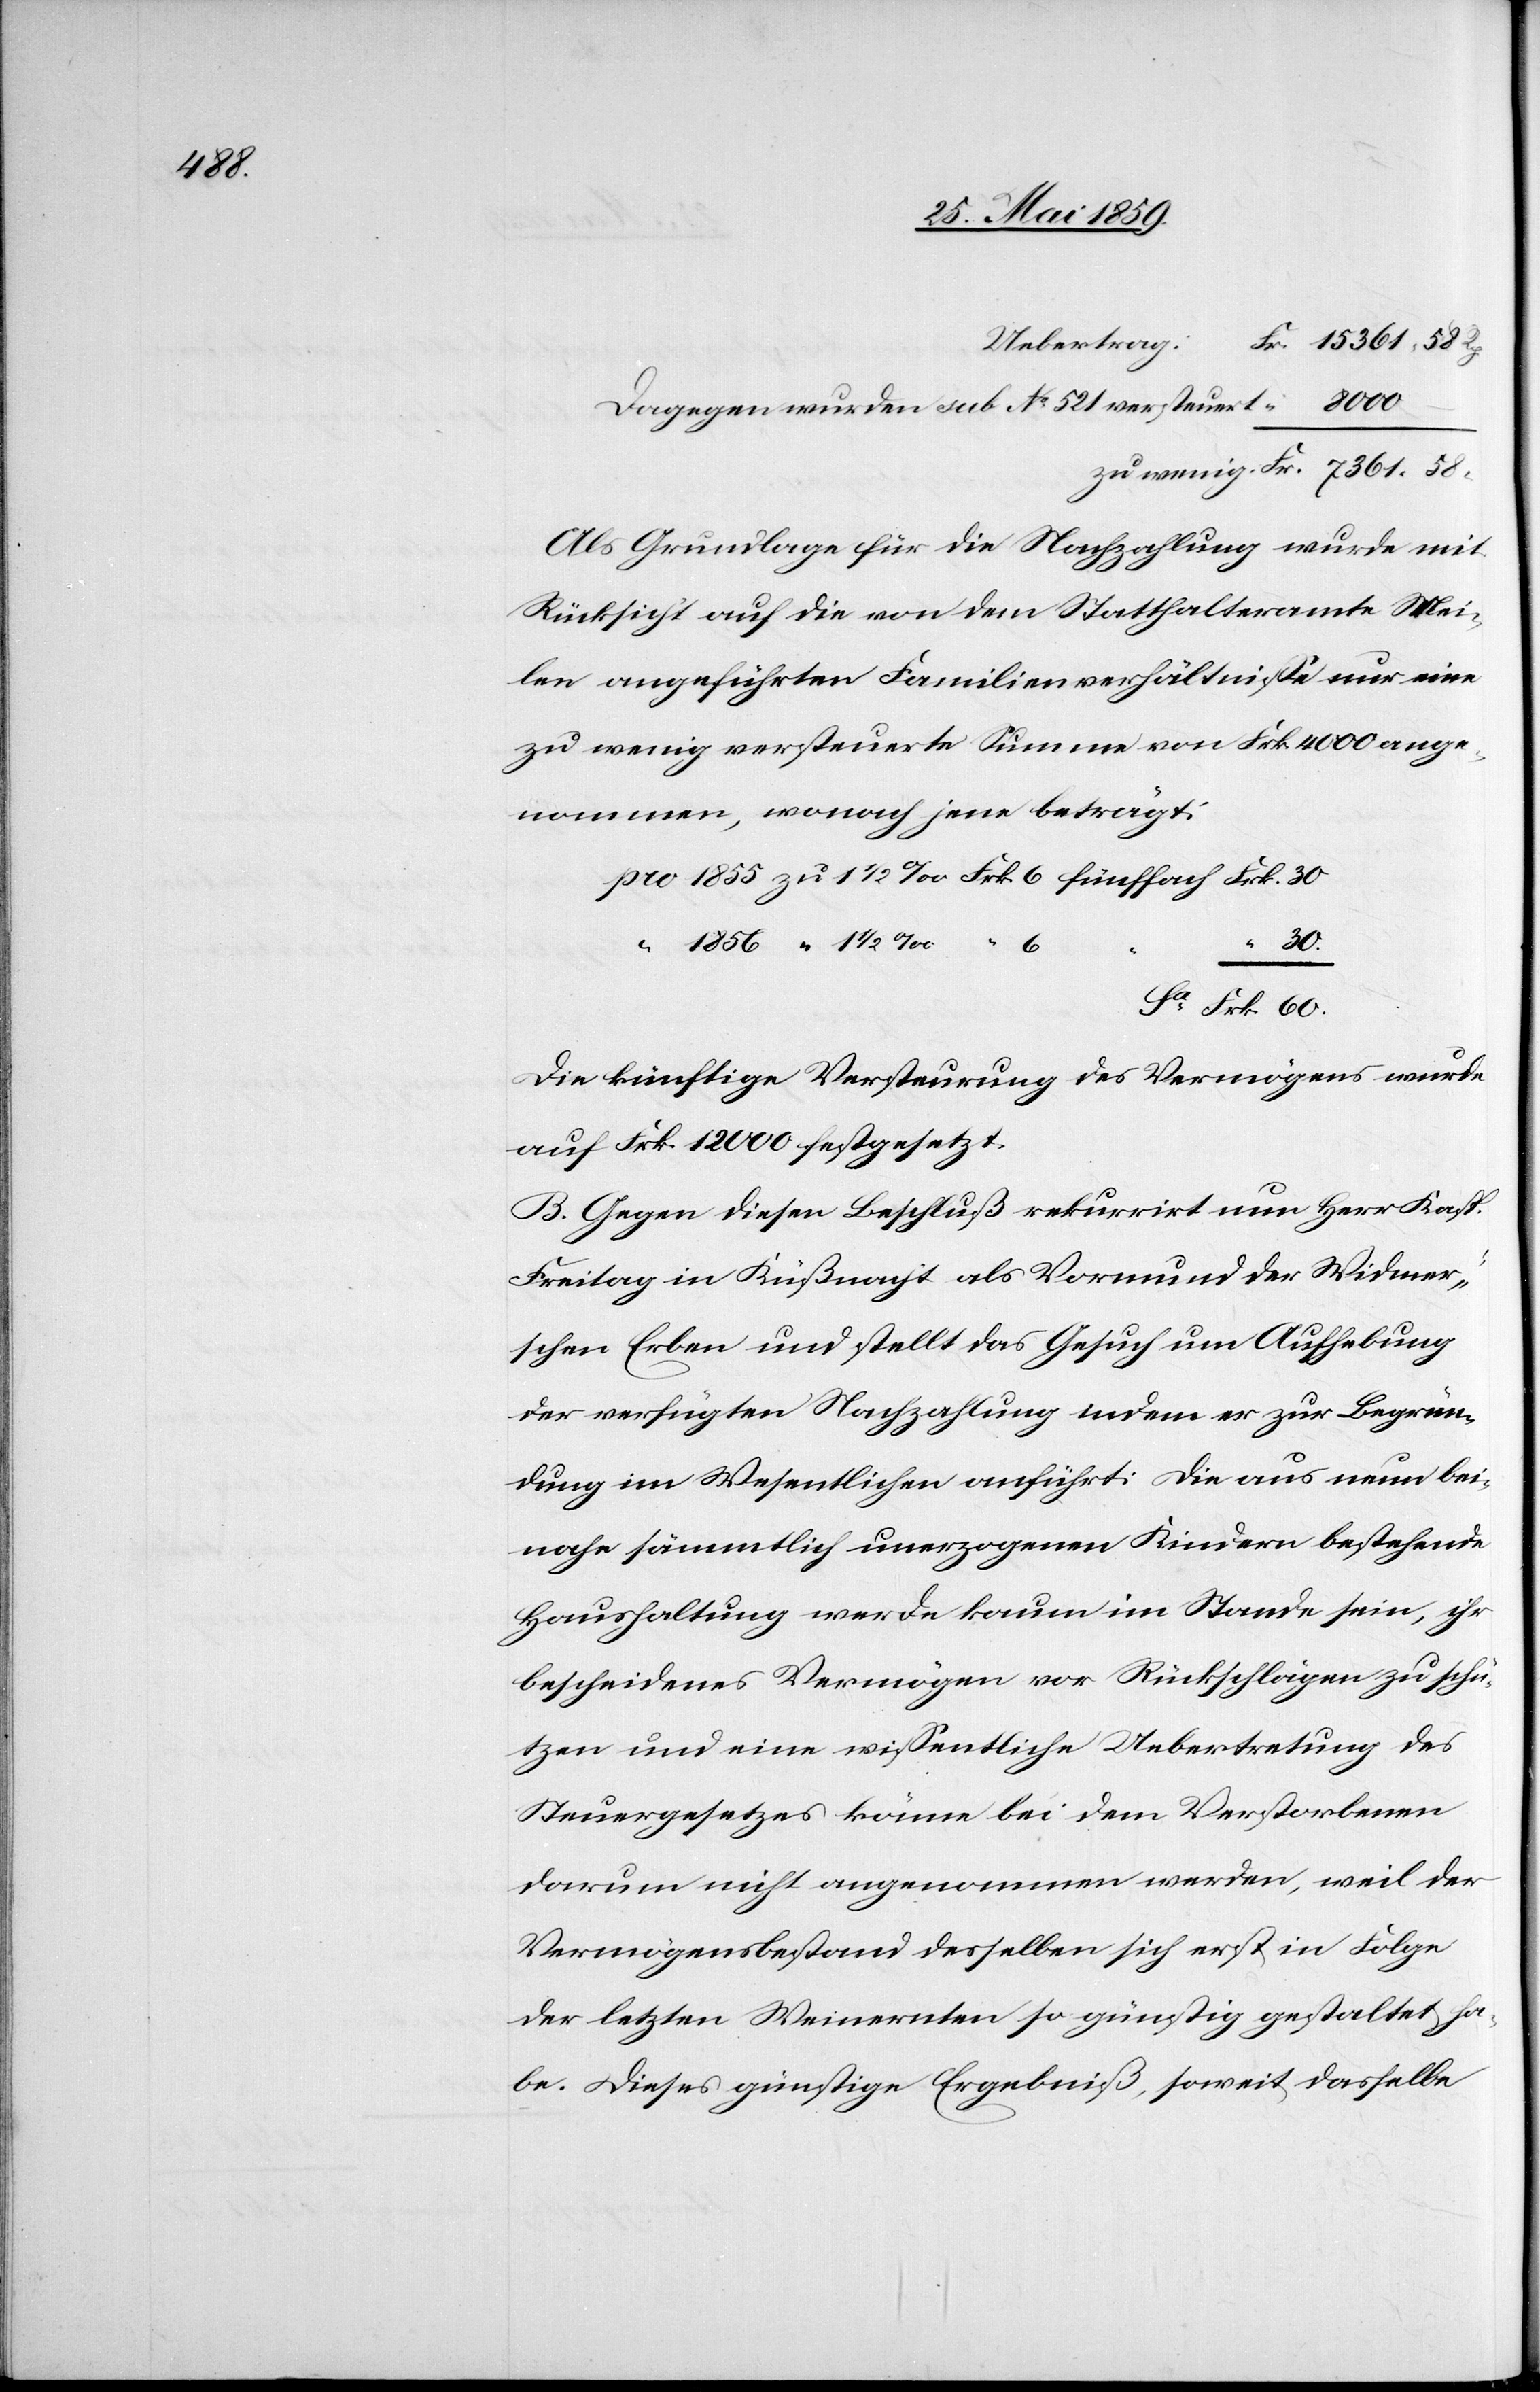
1 ½

Uebertrag: Fr. 15361.58 Rp.
Dagegen wurden sub No 521 versteuert “ 8000.
zu wenig Fr. 7361.58 “
Als Grundlage für die Nachzahlung wurde mit
Rücksicht auf die von dem Statthalteramte Mei¬
len angeführten Familienverhältnisse nur eine
zu wenig versteuerte Summe von Frk. 4000 ange¬
nommen, wonach jene beträgt:
pro 1855 zu 1 ½ ‰ Frk 6 fünffach Frk. 30
Sa Frk. 60
Die künftige Versteurung des Vermögens wurde
auf Frk 12000 festgesetzt.
B. Gegen diesen Beschluß rekurrirt nun Herr Kasp.
Freitag in Küßnacht als Vormund der Widmer¬
schen Erben und stellt das Gesuch um Aufhebung
der verfügten Nachzahlung indem er zur Begrün¬
dung im Wesentlichen anführt: die aus neun bei¬
nahe sämmtlich unerzogenen Kindern bestehende
Haushaltung werde kaum im Stande sein, ihr
bescheidenes Vermögen vor Rückschlägen zu schü¬
tzen und eine wissentliche Uebertretung des
Steuergesetzes könne bei dem Verstorbenen
darum nicht angenommen werden, weil der
Vermögensbestand derselben sich erst in Folge
der letzten Weinernten so günstig gestaltet ha¬
be. Dieses günstige Ergebniß, soweit dasselbe